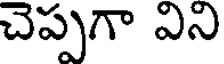
చెప్పగా విని